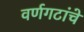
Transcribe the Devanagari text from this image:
वर्णगटांचे